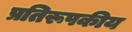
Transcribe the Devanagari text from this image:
प्रतिरूपकीय